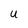
Character: U